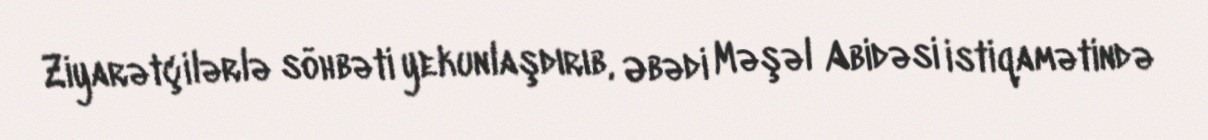
Ziyarətçilərlə söhbəti yekunlaşdırıb, Əbədi Məşəl Abidəsi istiqamətində